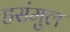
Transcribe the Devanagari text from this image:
हसंमुल